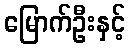
မြောက်ဦးနှင့်